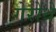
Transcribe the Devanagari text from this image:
गेरोंथ्रे